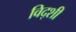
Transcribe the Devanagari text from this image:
विद्शी